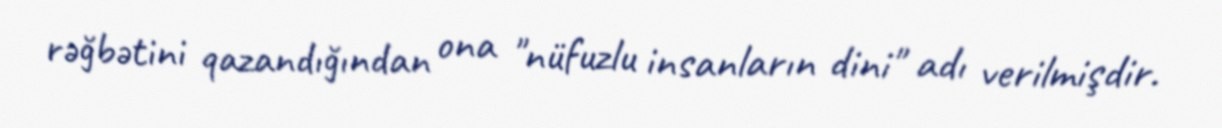
rəğbətini qazandığından ona "nüfuzlu insanların dini" adı verilmişdir.